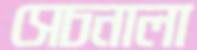
সেচনালা